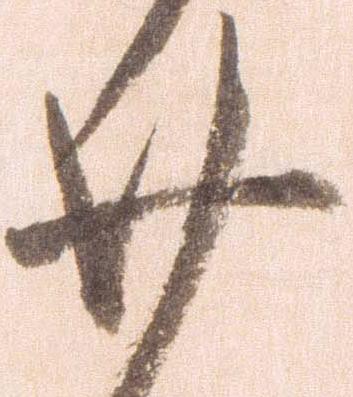
廿